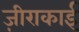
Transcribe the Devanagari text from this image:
ज़ीराकाई